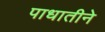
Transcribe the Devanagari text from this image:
पाधातीने